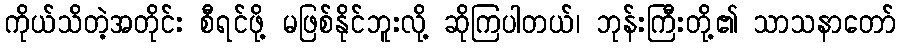
ကိုယ်သိတဲ့အတိုင်း စီရင်ဖို့ မဖြစ်နိုင်ဘူးလို့ ဆိုကြပါတယ်၊ ဘုန်းကြီးတို့၏ သာသနာတော်